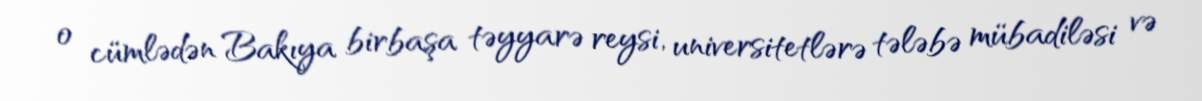
o cümlədən Bakıya birbaşa təyyarə reysi, universitetlərə tələbə mübadiləsi və